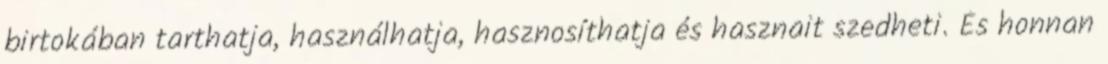
birtokában tarthatja, használhatja, hasznosíthatja és hasznait szedheti. És honnan